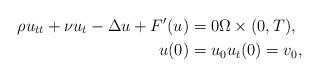
LaTeX: \begin{align*}\rho u_{tt}+\nu u_{t}-\Delta u+F^{\prime}(u) & =0\Omega\times(0,T),\\u(0) & =u_{0}u_{t}(0)=v_{0}, \end{align*}